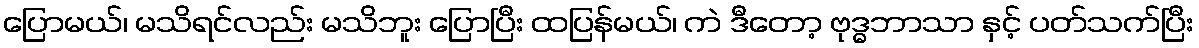
ပြောမယ်၊ မသိရင်လည်း မသိဘူး ပြောပြီး ထပြန်မယ်၊ ကဲ ဒီတော့ ဗုဒ္ဓဘာသာ နှင့် ပတ်သက်ပြီး